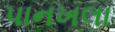
પાનખલા